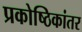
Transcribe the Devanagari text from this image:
प्रकोष्ठिकांतर